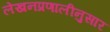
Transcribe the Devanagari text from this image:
लेखनप्रणालीनुसार